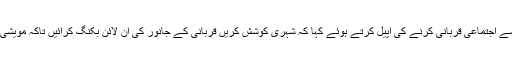
انہوں نے شہریوں سے اجتماعی قربانی کرنے کی اپیل کرتے ہوئے کہا کہ شہری کوشش کریں قربانی کے جانور کی آن لائن بکنگ کرائیں تاکہ مویشی منڈی نہ جانا پڑے۔